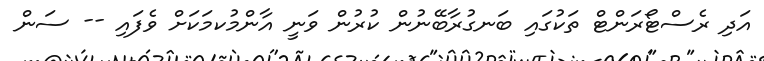
އަދި ރެސްޓޯރަންޓް ތަކުގައި ބަނގުރާބޭނުން ކުރުން ވަނީ އާންމުކމަކަށް ވެފައި -- ސަން